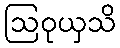
ဩဝုယှသိ